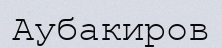
Аубакиров